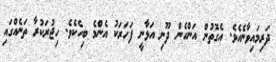
ދަރިމައިވާނެއެވެ. އެގޮތުން އަންހެން ދޫނި އަޅާނީ ފަހަރަކު އެންމެ ބިހެކެވެ. ހިޖުރަކުރާ ތަނެއްގައި